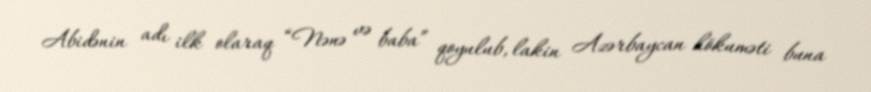
Abidənin adı ilk olaraq “Nənə və baba” qoyulub, lakin Azərbaycan hökuməti buna